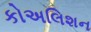
કોઅલિશન